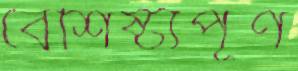
বৈশিষ্ট্যপূর্ণ